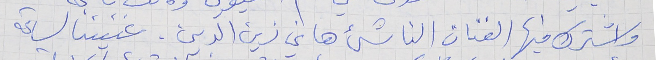
واشترك فيها الفنان الناشئ هاني زين الدين. غنينا لساعة